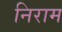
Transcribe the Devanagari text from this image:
निराम